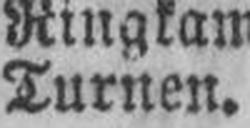
Turnen.